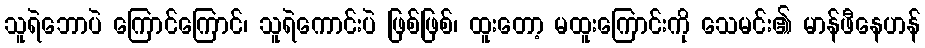
သူရဲဘောပဲ ကြောင်ကြောင်၊ သူရဲကောင်းပဲ ဖြစ်ဖြစ်၊ ထူးတော့ မထူးကြောင်းကို သေမင်း၏ မာန်ဖီနေဟန်